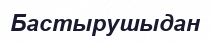
Бастырушыдан